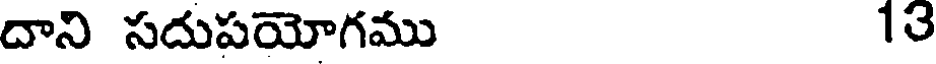
దాని సదుపయోగము 13